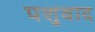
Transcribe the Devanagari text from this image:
पशुवाद